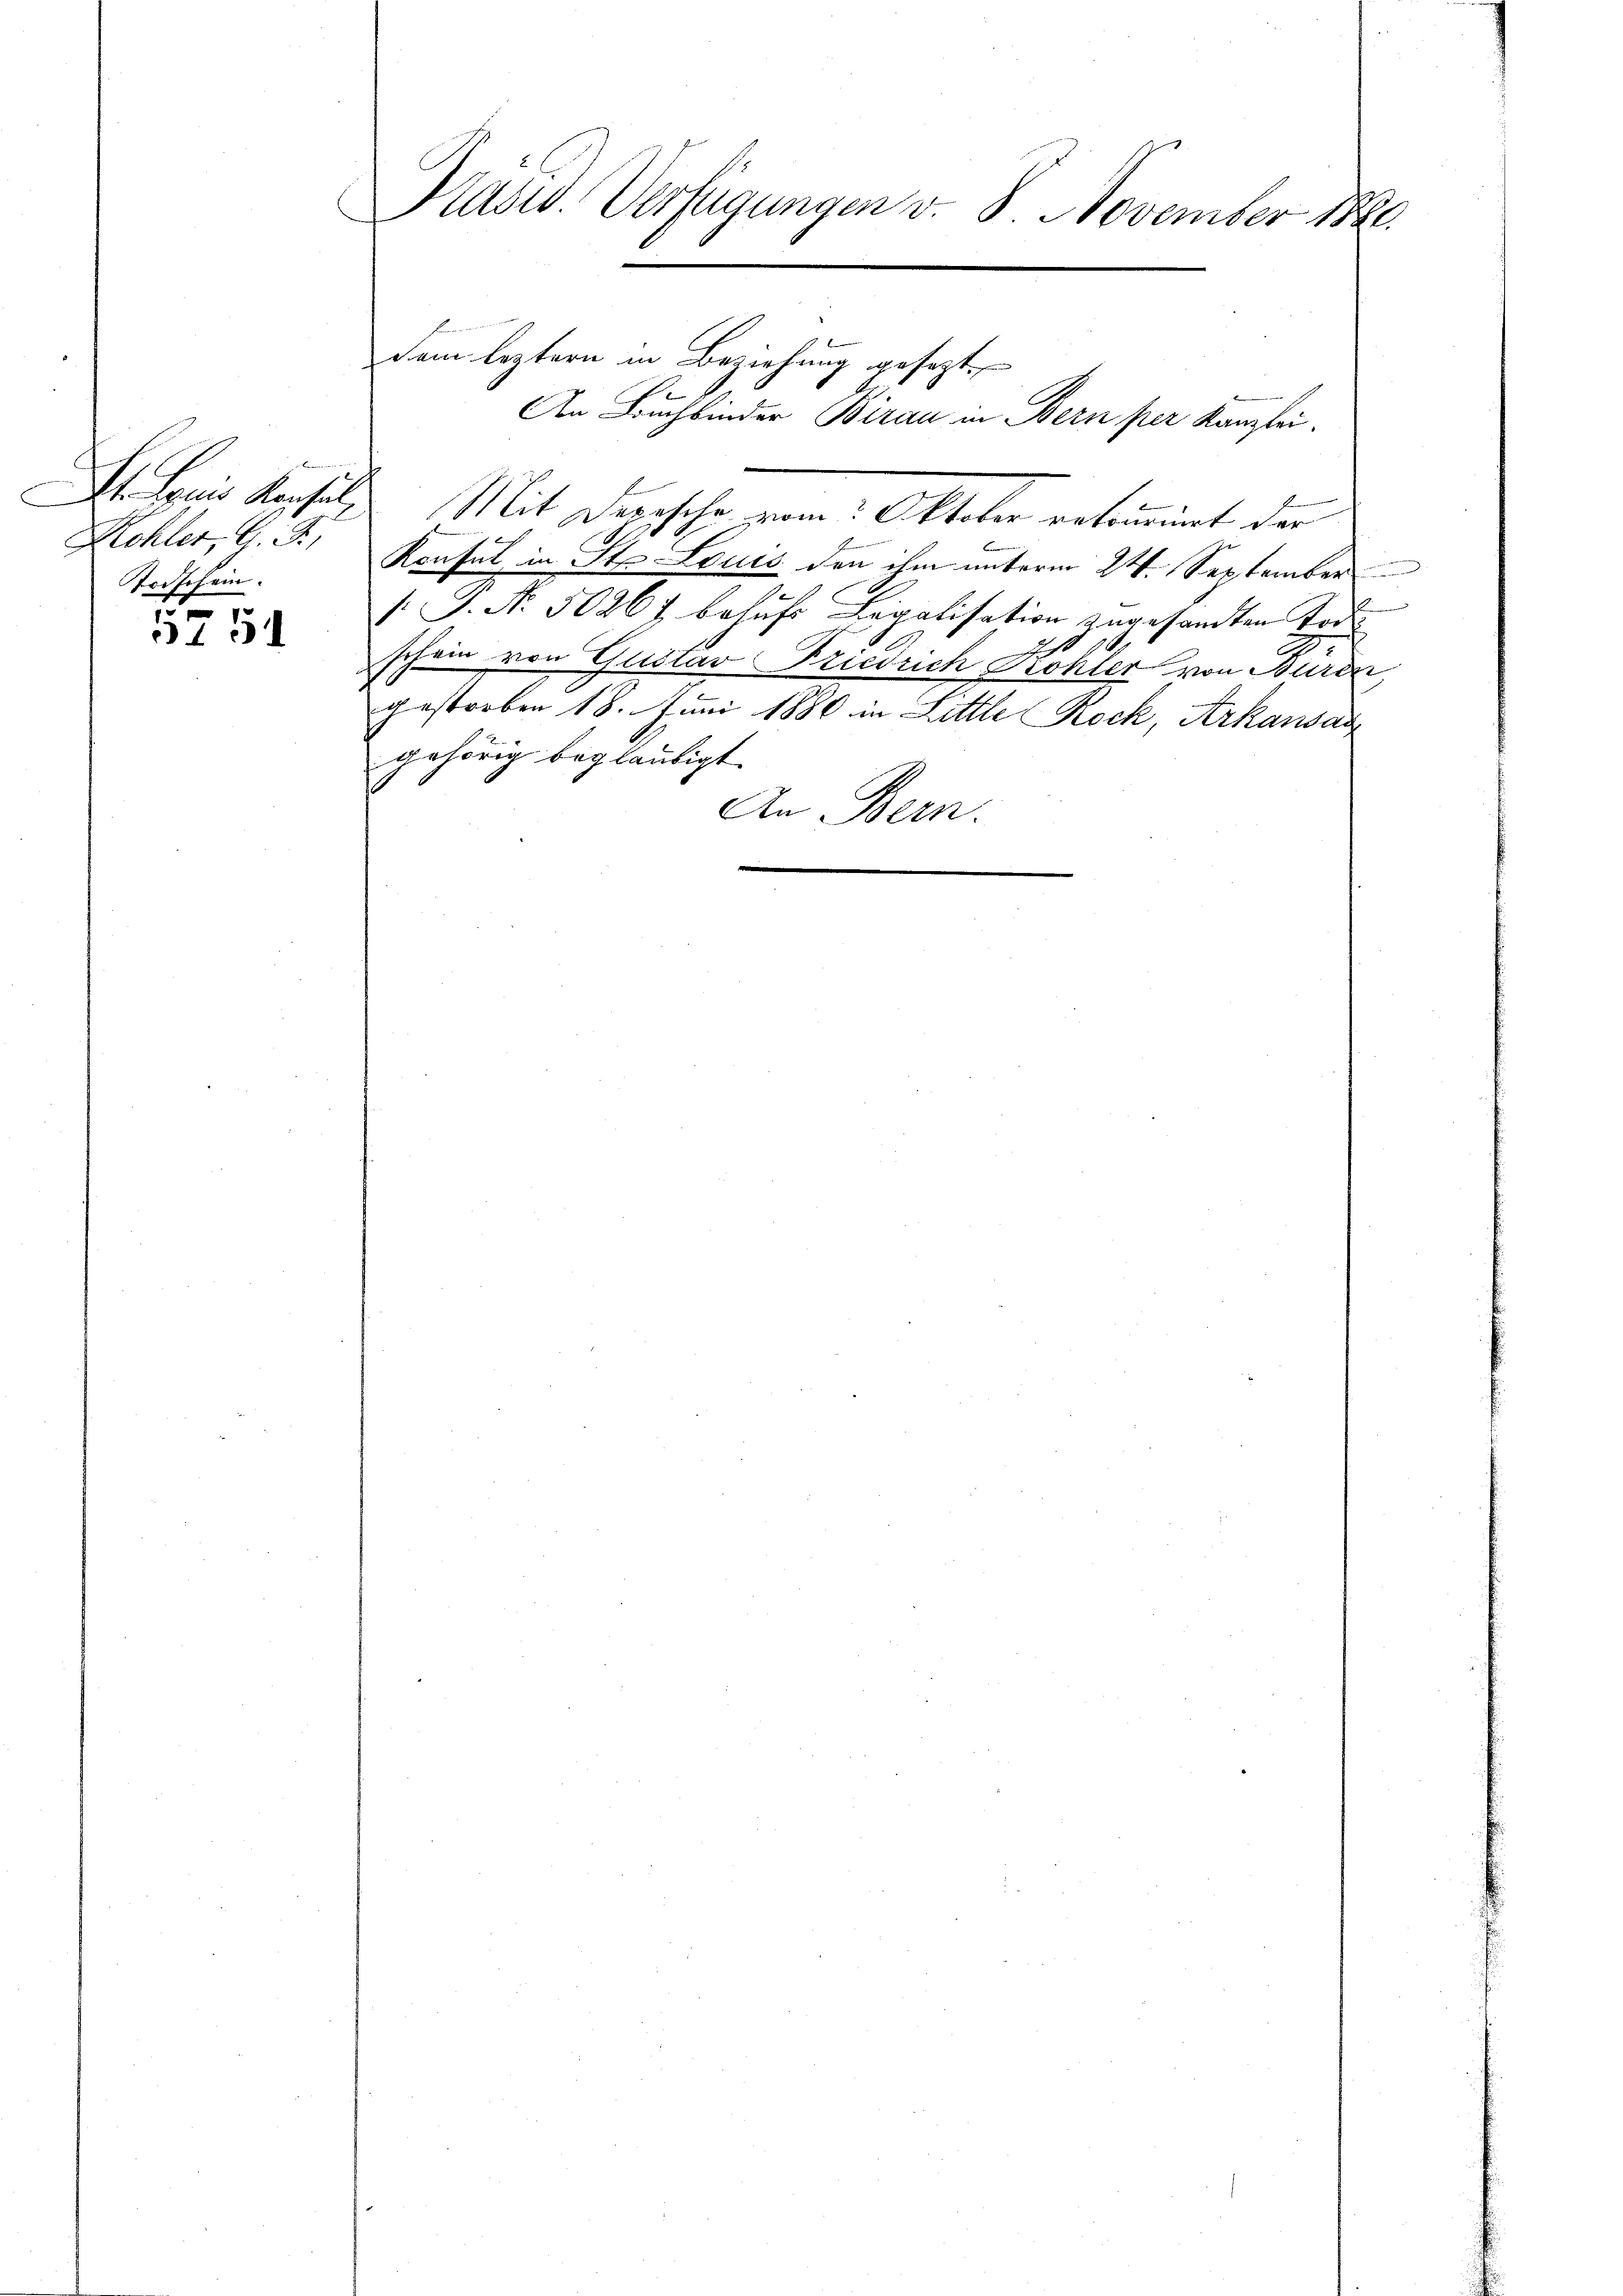
Rehler, G. P.
Trischein.

5751

Präsid. Verfügungen v. 8. November 1886.

dem leztern in Beziehung gesezt,
F
St. Louis Konsuls Mit Depesche vom Oktober retourirt der
Konsul in St. Louis den ihm unterm 24. September
1. G. N. 50264 behŭfs Legalisation zugesandten Tode
aest
schein von Gustav Friedrich Kohler von Bürde
gestorben 18. Juni 1880 in Little Rock, Arkausan
gehörig beglaubigt.
An Bern.
e

An Dachbinder Birau in Bern per Kanzlei.